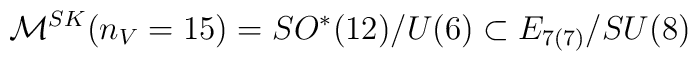
{\cal M}^{SK}(n_V=15)=SO^*(12)/U(6)\subset  E_{7(7)}/SU(8)